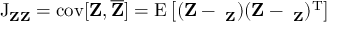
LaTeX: \operatorname { J } _ { \mathbf { Z } \mathbf { Z } } = \operatorname { c o v } [ \mathbf { Z } , { \overline { { \mathbf { Z } } } } ] = \operatorname { E } \left[ ( \mathbf { Z } - \mathbf { \mu _ { Z } } ) ( \mathbf { Z } - \mathbf { \mu _ { Z } } ) ^ { \mathrm { T } } \right]